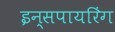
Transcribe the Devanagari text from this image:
इन्सपायरिंग